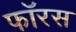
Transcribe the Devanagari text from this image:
फॉरस